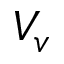
V _ { v }